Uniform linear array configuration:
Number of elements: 16
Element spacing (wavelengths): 0.75
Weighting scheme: hann
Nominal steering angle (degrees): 45
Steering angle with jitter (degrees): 44.777
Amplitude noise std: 0.05
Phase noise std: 0.05

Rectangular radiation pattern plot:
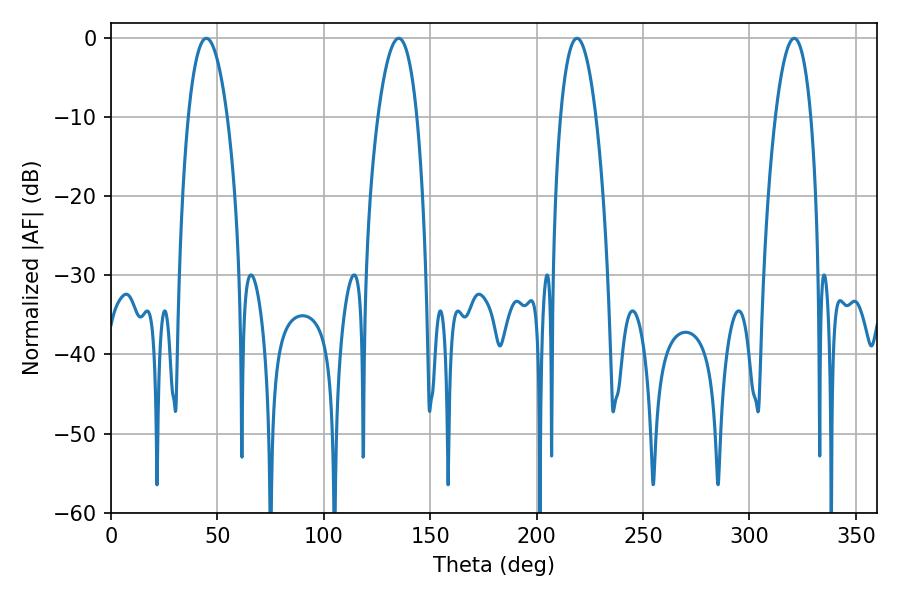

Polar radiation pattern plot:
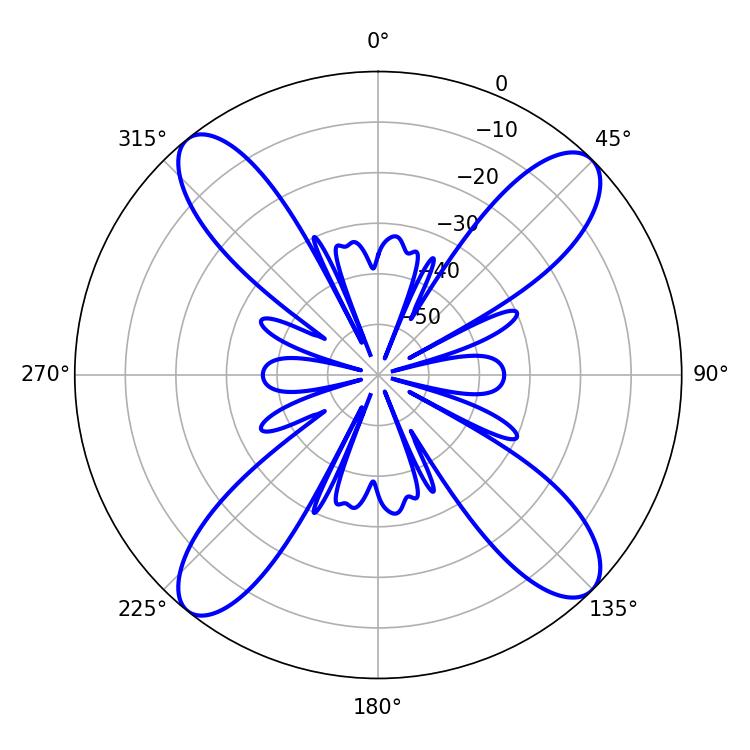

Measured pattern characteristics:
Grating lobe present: TRUE
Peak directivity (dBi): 15.992
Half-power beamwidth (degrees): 10.08
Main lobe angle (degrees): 44.82